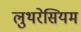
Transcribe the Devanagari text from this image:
लुथरेसियम